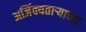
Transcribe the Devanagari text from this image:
अजिंक्यतार्‍याच्या